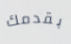
بقدمك